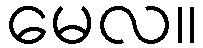
မေလ။